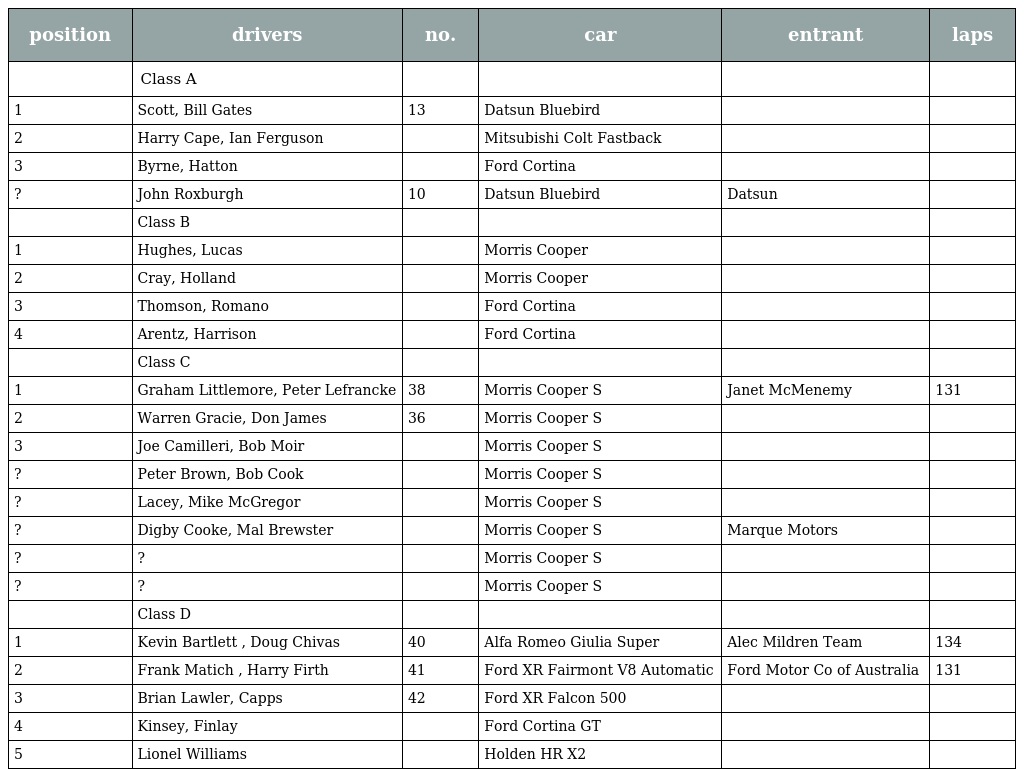
| position | drivers | no. | car | entrant | laps |
 | --- | --- | --- | --- | --- | --- |
 |  | Class A |  |  |  |  |
 | 1 | Scott, Bill Gates | 13 | Datsun Bluebird |  |  |
 | 2 | Harry Cape, Ian Ferguson |  | Mitsubishi Colt Fastback |  |  |
 | 3 | Byrne, Hatton |  | Ford Cortina |  |  |
 | ? | John Roxburgh | 10 | Datsun Bluebird | Datsun |  |
 |  | Class B |  |  |  |  |
 | 1 | Hughes, Lucas |  | Morris Cooper |  |  |
 | 2 | Cray, Holland |  | Morris Cooper |  |  |
 | 3 | Thomson, Romano |  | Ford Cortina |  |  |
 | 4 | Arentz, Harrison |  | Ford Cortina |  |  |
 |  | Class C |  |  |  |  |
 | 1 | Graham Littlemore, Peter Lefrancke | 38 | Morris Cooper S | Janet McMenemy | 131 |
 | 2 | Warren Gracie, Don James | 36 | Morris Cooper S |  |  |
 | 3 | Joe Camilleri, Bob Moir |  | Morris Cooper S |  |  |
 | ? | Peter Brown, Bob Cook |  | Morris Cooper S |  |  |
 | ? | Lacey, Mike McGregor |  | Morris Cooper S |  |  |
 | ? | Digby Cooke, Mal Brewster |  | Morris Cooper S | Marque Motors |  |
 | ? | ? |  | Morris Cooper S |  |  |
 | ? | ? |  | Morris Cooper S |  |  |
 |  | Class D |  |  |  |  |
 | 1 | Kevin Bartlett , Doug Chivas | 40 | Alfa Romeo Giulia Super | Alec Mildren Team | 134 |
 | 2 | Frank Matich , Harry Firth | 41 | Ford XR Fairmont V8 Automatic | Ford Motor Co of Australia | 131 |
 | 3 | Brian Lawler, Capps | 42 | Ford XR Falcon 500 |  |  |
 | 4 | Kinsey, Finlay |  | Ford Cortina GT |  |  |
 | 5 | Lionel Williams |  | Holden HR X2 |  |  |